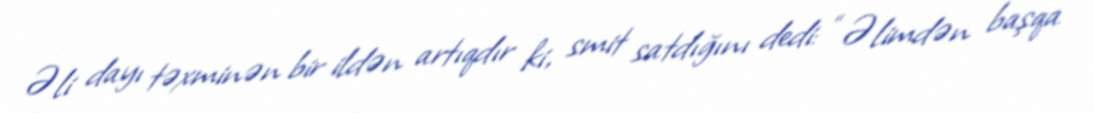
Əli dayı təxminən bir ildən artıqdır ki, smit satdığını dedi: “Əlimdən başqa